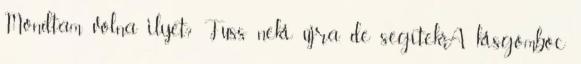
Mondtam volna ilyet? Fuss neki újra. de segítek.A kisgömböc